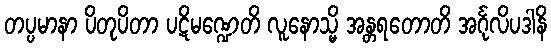
တပ္ပမာနာ ပိတုပိတာ ပဋိမဏ္ဍေတိ လူနောသ္မိ အန္တရတောတိ အင်္ဂုလိပဒါနိ